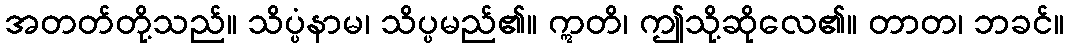
အတတ်တို့သည်။ သိပ္ပံနာမ၊ သိပ္ပမည်၏။ ဣတိ၊ ဤသို့ဆိုလေ၏။ တာတ၊ ဘခင်။